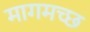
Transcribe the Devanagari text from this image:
मागमच्छ